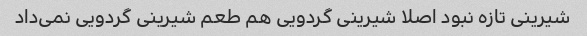
شیرینی تازه نبود اصلا شیرینی گردویی هم طعم شیرینی گردویی نمی‌داد